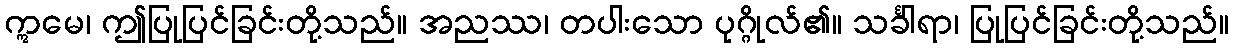
ဣမေ၊ ဤပြုပြင်ခြင်းတို့သည်။ အညဿ၊ တပါးသော ပုဂ္ဂိုလ်၏။ သင်္ခါရာ၊ ပြုပြင်ခြင်းတို့သည်။